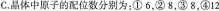
C.晶体中原子的配位数分别为：①6，②8，③8，④12